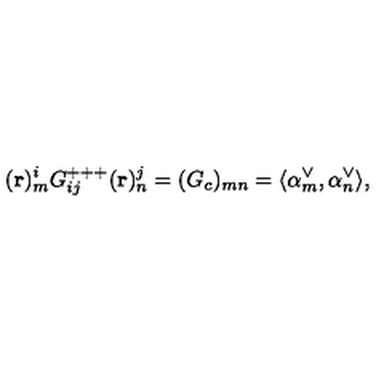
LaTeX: ( { \bf r } ) _ { m } ^ { i } G _ { i j } ^ { + + + } ( { \bf r } ) _ { n } ^ { j } = ( G _ { c } ) _ { m n } = \langle \alpha _ { m } ^ { \vee } , \alpha _ { n } ^ { \vee } \rangle ,